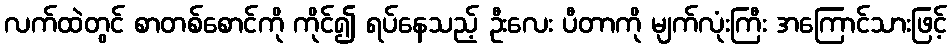
လက်ထဲတွင် စာတစ်စောင်ကို ကိုင်၍ ရပ်နေသည့် ဦးလေး ပီတာကို မျက်လုံးကြီး အကြောင်သားဖြင့်